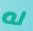
له